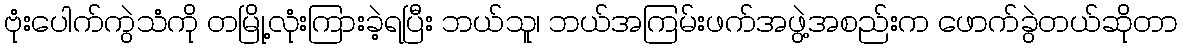
ဗုံးပေါက်ကွဲသံကို တမြို့လုံးကြားခဲ့ရပြီး ဘယ်သူ၊ ဘယ်အကြမ်းဖက်အဖွဲ့အစည်းက ဖောက်ခွဲတယ်ဆိုတာ